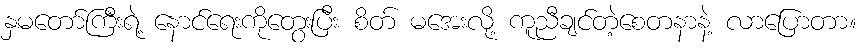
နှမတော်ကြီးရဲ့ နောင်ရေးကိုတွေးပြီး စိတ် မအေးလို့ ကူညီချင်တဲ့စေတနာနဲ့ လာပြောတာ။